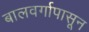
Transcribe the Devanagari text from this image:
बालवर्गापासून